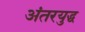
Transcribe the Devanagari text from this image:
अंतरयुद्ध